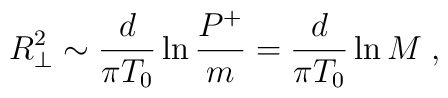
R_\perp^2 \sim {d\over\pi T_0}\ln{P^+\over m}    = {d\over\pi T_0}\ln M\; ,